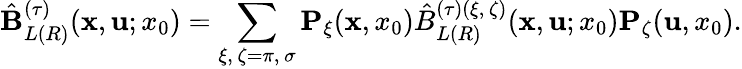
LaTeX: \hat{\mathbf B}_{L(R)}^{(\tau)}({\mathbf x},{\mathbf u};x_{0})=\sum_{\xi,\, \zeta=\pi,\, \sigma}{\mathbf P}_{\xi}({\mathbf x},x_{0})\hat{B}_{L(R)}^{(\tau)(\xi,\, \zeta)}({\mathbf x},{\mathbf u};x_{0}){\mathbf P}_{\zeta}({\mathbf u},x_{0}).